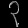
Digit: ၃